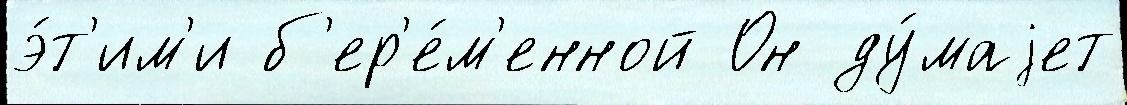
э́т'им'и б'ер'е́м'енной Он ду́маjет